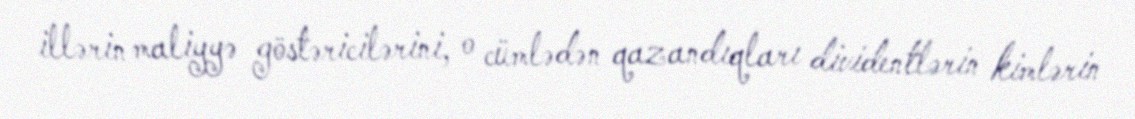
illərin maliyyə göstəricilərini, o cümlədən qazandıqları dividentlərin kimlərin